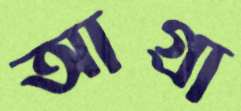
আগ্রা